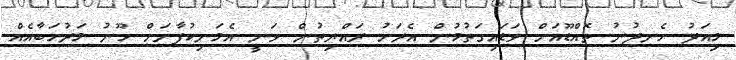
މިއަދު ހެނދުނު ތޮއްޑޫއަށް ވަޑައިގަތުމުން އެރަށު ރައްޔިތުން ވަނީ އެމަނިކުފާނަށް ހޫނު މަރުހަަބާއެއް